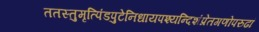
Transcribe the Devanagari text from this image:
ततस्तुमृत्पिंडपुटेनिधायपश्यन्दिशंप्रेतगणोपरुढां